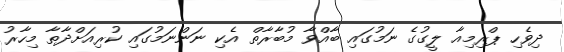
ދިވެހި ޕްރިމިއާ ލީގުގެ ނަމުގައި ބާއްވާ މުބާރާތް އެކި ނަންނަމުގައި ކުރިއަށްދާތާ މިހާރު